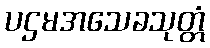
ပဌမအသေခသုတ္တံ